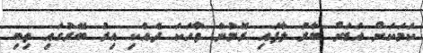
ކަމަކަށް އަޑަށް ބާރު ލާފައި ރޮމުން ވާހަކަ ދެއްކި އިރު ބޭރުގައި ތިބި